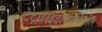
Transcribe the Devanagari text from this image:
टेट्राहांइड्रोकार्बिनोल